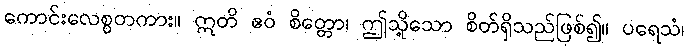
ကောင်းလေစွတကား။ ဣတိ ဧဝံ စိတ္တော၊ ဤသို့သော စိတ်ရှိသည်ဖြစ်၍။ ပရေသံ၊